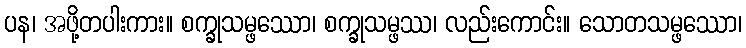
ပန၊ အဖို့တပါးကား။ စက္ခုသမ္ဖဿော၊ စက္ခုသမ္ဖဿ၊ လည်းကောင်း။ သောတသမ္ဖဿော၊